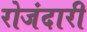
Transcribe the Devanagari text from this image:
रोजंदारी